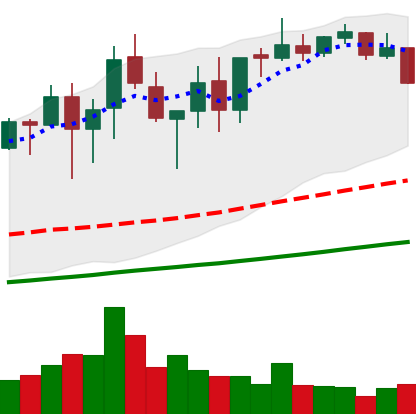
Ticker: XMR-USD
Chart end date: 2021-05-04
Forward return: 27.19%
Label: up_7plus